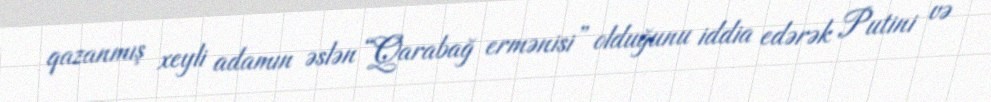
qazanmış xeyli adamın əslən “Qarabağ ermənisi” olduğunu iddia edərək Putini və